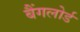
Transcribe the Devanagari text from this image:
बैंगलोर्ड